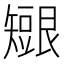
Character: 𥐇